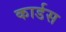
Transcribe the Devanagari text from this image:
कार्डस